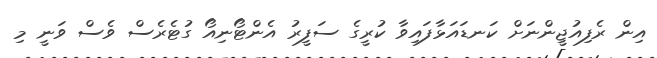
އިން ރެފިއުޖީންނަށް ކަނޑައަޅާފައިވާ ކުރީގެ ސަފީރު އެންޓޯނިއޯ ގުޓެރެސް ވެސް ވަނީ މި